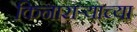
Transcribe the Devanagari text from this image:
किनाराऱ्याच्या